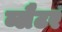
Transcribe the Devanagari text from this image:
ब्लैटर